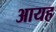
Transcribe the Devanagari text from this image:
आयह